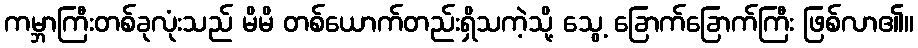
ကမ္ဘာကြီးတစ်ခုလုံးသည် မိမိ တစ်ယောက်တည်းရှိသကဲ့သို့ သွေ့ ခြောက်ခြောက်ကြီး ဖြစ်လာ၏။